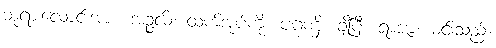
ဘုရားလောင်းအား။ အဉ္ဇလိံ၊ ထက်အုပ်ကို။ ပဂ္ဂဏှိ၊ ချီပြီ။ ရာဇာ၊ မင်းသည်။